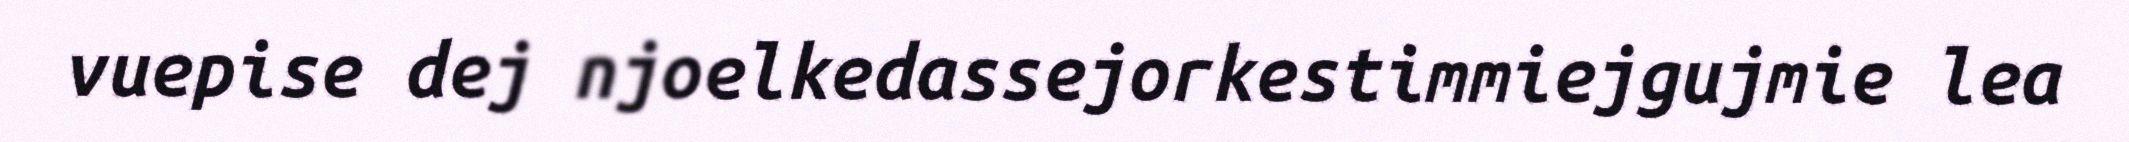
vuepise dej njoelkedassejorkestimmiejgujmie lea